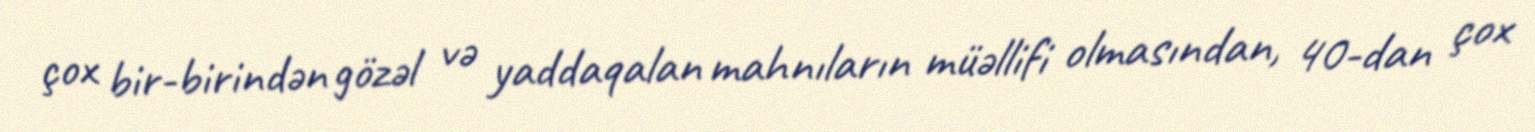
çox bir-birindən gözəl və yaddaqalan mahnıların müəllifi olmasından, 40-dan çox